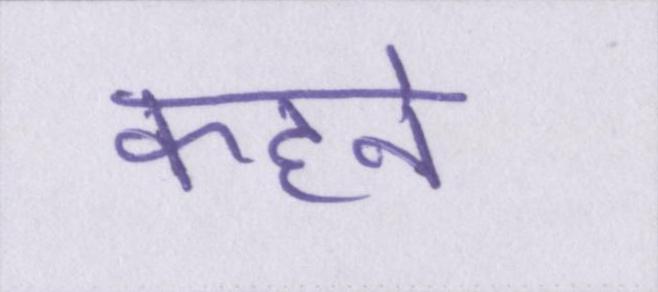
कहने